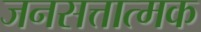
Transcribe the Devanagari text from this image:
जनसत्तात्मक